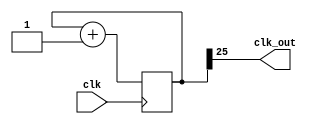

module clk_div(
    input clk,

    output clk_out
);

reg [25:0]cnt = 0;

assign clk_out = cnt[25];

always @(posedge clk)begin
    cnt <= cnt + 26'b1;
end

endmodule